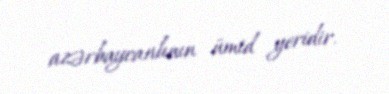
azərbaycanlının ümid yeridir.